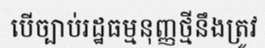
បើច្បាប់រដ្ឋធម្មនុញ្ញថ្មីនឹងត្រូវ